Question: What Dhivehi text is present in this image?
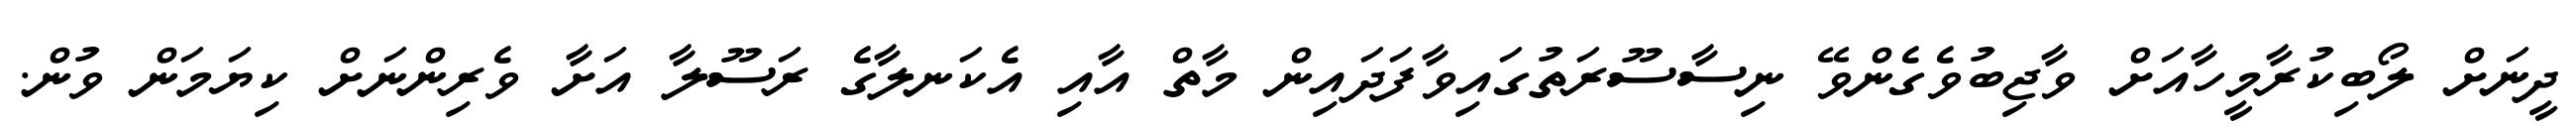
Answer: ދީނަށް ލޯބިކުރާމީހާއަށް ވާޖިބުވެގެންވޭ ނިސާސޫރަތުގައިވާފަދައިން މާތް އާއި އެކަނލާގެ ރަސޫލާ އަށާ ވެރިންނަށް ކިޔަމަން ވުން.